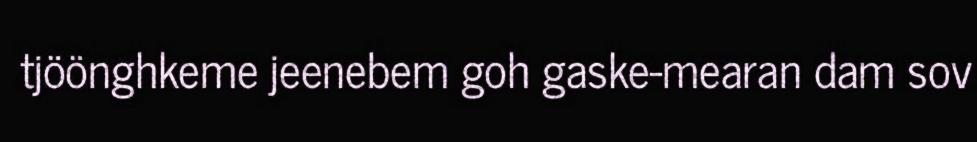
tjöönghkeme jeenebem goh gaske-mearan dam sov